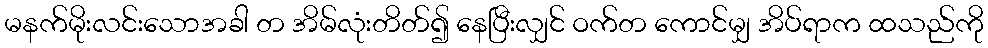
မနက်မိုးလင်းသောအခါ တ အိမ်လုံးတိတ်၍ နေပြီးလျှင် ဝက်တ ကောင်မျှ အိပ်ရာက ထသည်ကို